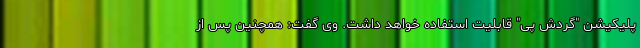
پلیکیشن "گردش پی" قابلیت استفاده خواهد داشت. وی گفت: همچنین پس از